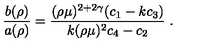
\left. \frac { b ( \rho ) } { a ( \rho ) } = \frac { ( \rho \mu ) ^ { 2 + 2 \gamma } ( c _ { 1 } - k c _ { 3 } ) } { k ( \rho \mu ) ^ { 2 } c _ { 4 } - c _ { 2 } } \right. .